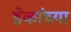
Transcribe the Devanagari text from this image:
डेकांच्या